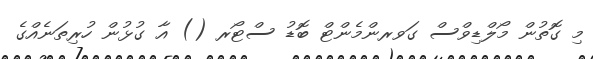
މި ގޮތުން މޯލްޑިވްސް ގަވރންމެންޓް ބޮޑު ސްޓޯރ () އާ ގުޅުން ހުރިތަނެއްގެ